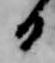
日